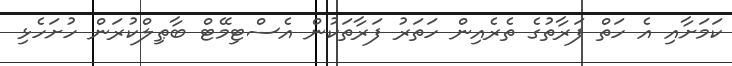
ކަމަށާއި އެ ހަތް ފަރާތުގެ ތެރެއިން ހަތަރު ފަރާތަކުން އެސްޓިމޭޓް ބާޠިލްކުރަން ހުށަހެޅި